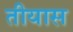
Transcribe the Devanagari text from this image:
तीयास